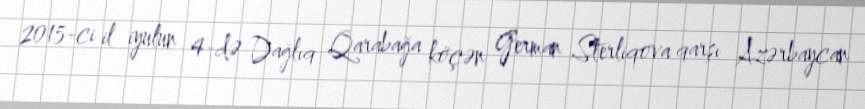
2015-ci il iyulun 4-də Dağlıq Qarabağa köçən German Sterliqova qarşı Azərbaycan